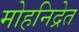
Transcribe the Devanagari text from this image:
मोहनिद्रेत